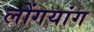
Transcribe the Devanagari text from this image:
लोंगयांग